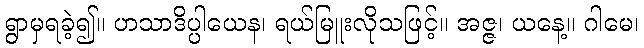
ရွာမှရခဲ့၍။ ဟသာဒိပ္ပါယေန၊ ရယ်မြူးလိုသဖြင့်။ အဇ္ဇ၊ ယနေ့။ ဂါမေ၊